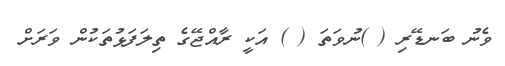
ވެނު ބަނޑޭރި ( )ނުވަތަ ( ) އަކީ ރާއްޖޭގެ ތިލަފަޅުތަކުން ވަރަށް